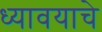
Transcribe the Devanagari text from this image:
ध्यावयाचे